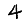
Digit: 4